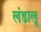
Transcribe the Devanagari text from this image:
लंडालू